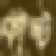
কাল্ট